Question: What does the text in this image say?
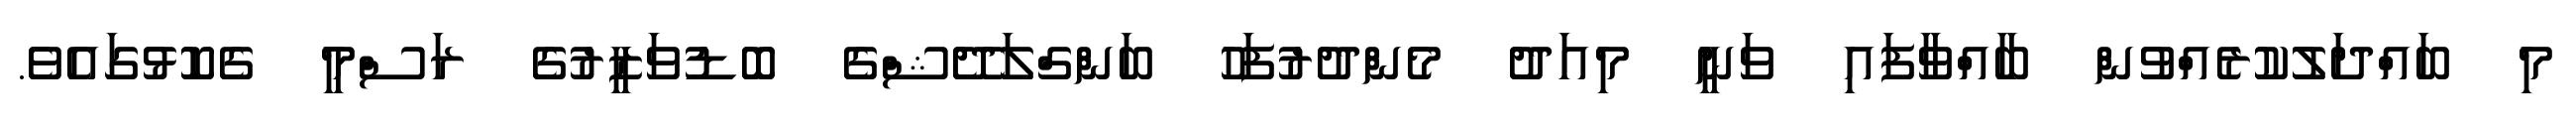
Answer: މި ބައްދަލުކުރެއްވުން ބާއްވާފައި ވަނީ މިއަދު މެންދުރުފަހު ބަންގްލަދޭޝްގެ ބޮޑުވަޒީރުގެ ރަސްމީ ގެކޮޅުގައެވެ.